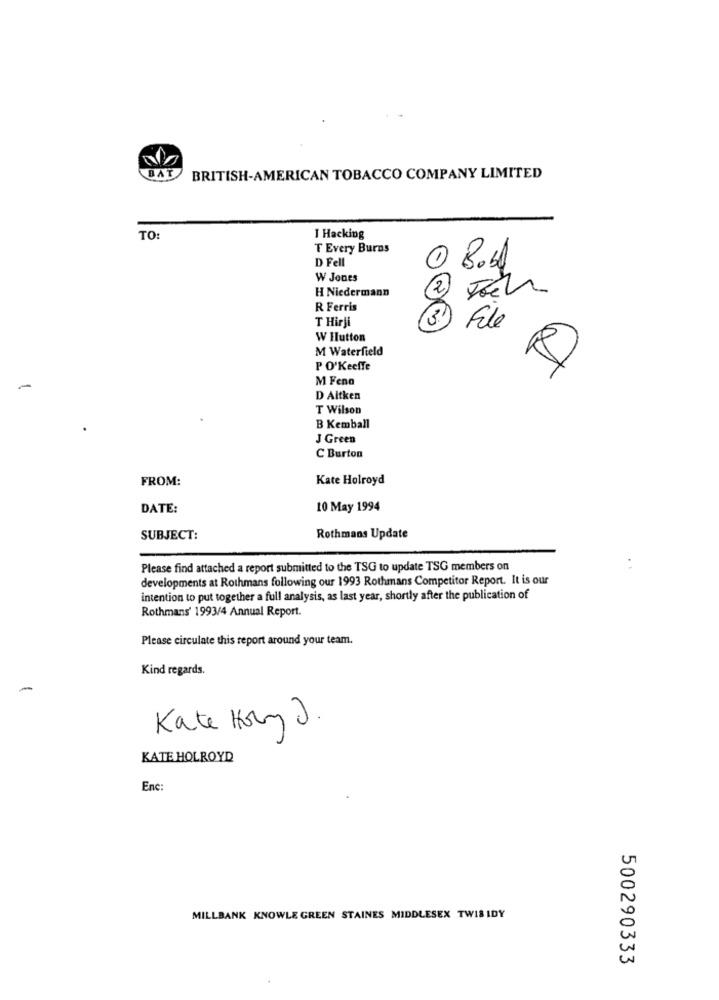
BAT
BRITISH-AMERICAN TOBACCO COMPANY LIMITED
TO
I Hacking
T Every Burns
D Fell
1 Bost
W Jones
H Niedermann
AY
R Ferris
T Hirji
File
W Hutton
M Waterfield
P O'Keeffe
M Fenn
-
D Aitken
T Wilson
B Kemball
J Green
C Burton
FROM:
Kate Holroyd
DATE:
10 May 1994
SUBJECT:
Rothmans Update
Please find attached a report submitted to the TSG to update TSG members on
:
developments at Rothmans following our 1993 Rothmans Competitor Report. It is our
intention to put together a full analysis, as last year, shortly after the publication of
Rothmans' 1993/4 Annual Report.
Please circulate this report around your team.
Kind regards.
-
Kate Hory J.
KATE HOLROYD
Enc:
MILLBANK KNOWLE GREEN STAINES MIDDLESEX TWIS IDY
500290333